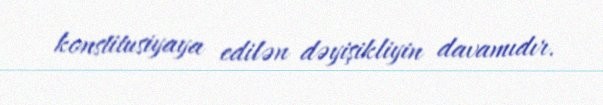
konstitusiyaya edilən dəyişikliyin davamıdır.